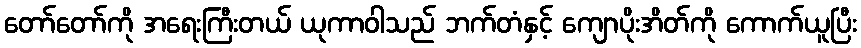
တော်တော်ကို အရေးကြီးတယ် ယုကာဝါသည် ဘက်တံနှင့် ကျောပိုးအိတ်ကို ကောက်ယူပြီး